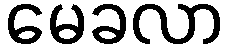
မေခလာ